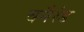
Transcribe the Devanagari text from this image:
वनैरंड